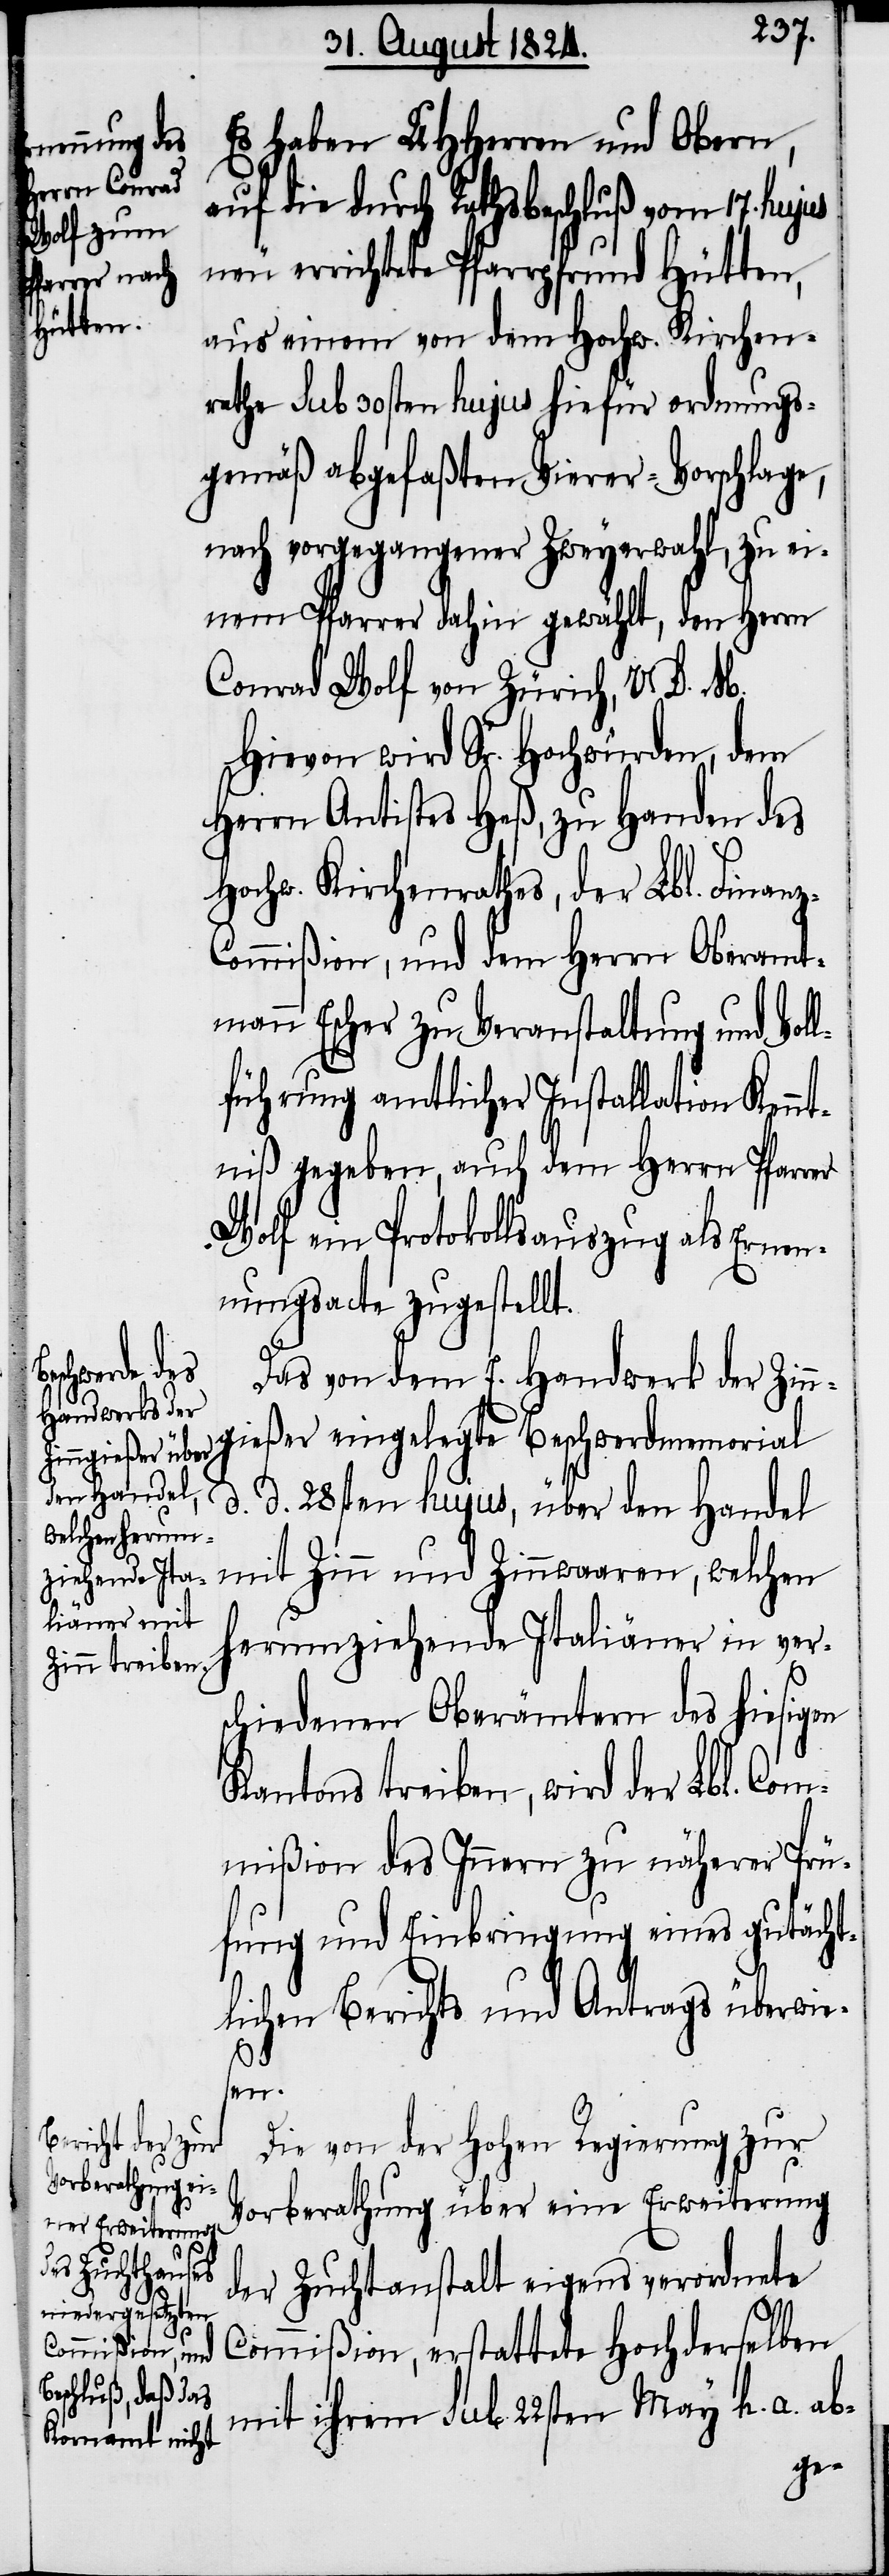
Es haben UHHerren und Obern,
auf die durch Rathsbeschluß vom 17. hujus
neu errichtete Pfarrpfrund Hütten,
aus einem von dem Hochw. Kirchen¬
rathe sub 30sten hujus hiefür ordnungs¬
gemäß abgefaßten Vierer-Vorschlage,
nach vorgegangener Zweyerwahl, zu ei¬
nem Pfarrer dahin gewählt, den Herrn
Conrad Wolf von Zürich, V. D. M.
Hievon wird Sr. Hochwürden, dem
Herrn Antistes Heß, zu Handen des
Hochw. Kirchenrathes, der Lbl. Finan¬
ommißion, und dem Herrn Oberamt¬
mann Escher zu Veranstaltung und Vol¬
lführung amtlicher Installation Kennt¬
niß gegeben, auch dem Herrn Pfarrer
Wolf ein Protokollsauszug als Ernen¬
nungsacte zugestellt.
Das von dem E. Handwerk der Zinn¬
gießer eingelegte Beschwerdememorial
d. d. 28sten hujus, über den Handel
mit Zinn und Zinnwaaren, welchen
herumziehende Italiäner in vers¬
chiedenen Oberämtern des hiesigen
Kantons betreiben, wird der Lbl. Com¬
mißion des Innern zu näherer Prü¬
fung und Einbringung eines gutächt¬
lichen Berichts und Antrags überwie¬
sen.
Die von Hohen Regierung zur
Vorberathung über eine Erweiterung
der Zuchtanstalt eigens verordnete
Commißion, erstattete Hochderselben
mit ihrem sub 22sten May h. a. ab-
z-C¬